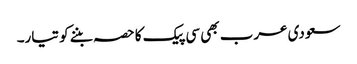
سعودی عرب بھی سی پیک کا حصہ بننے کو تیار۔